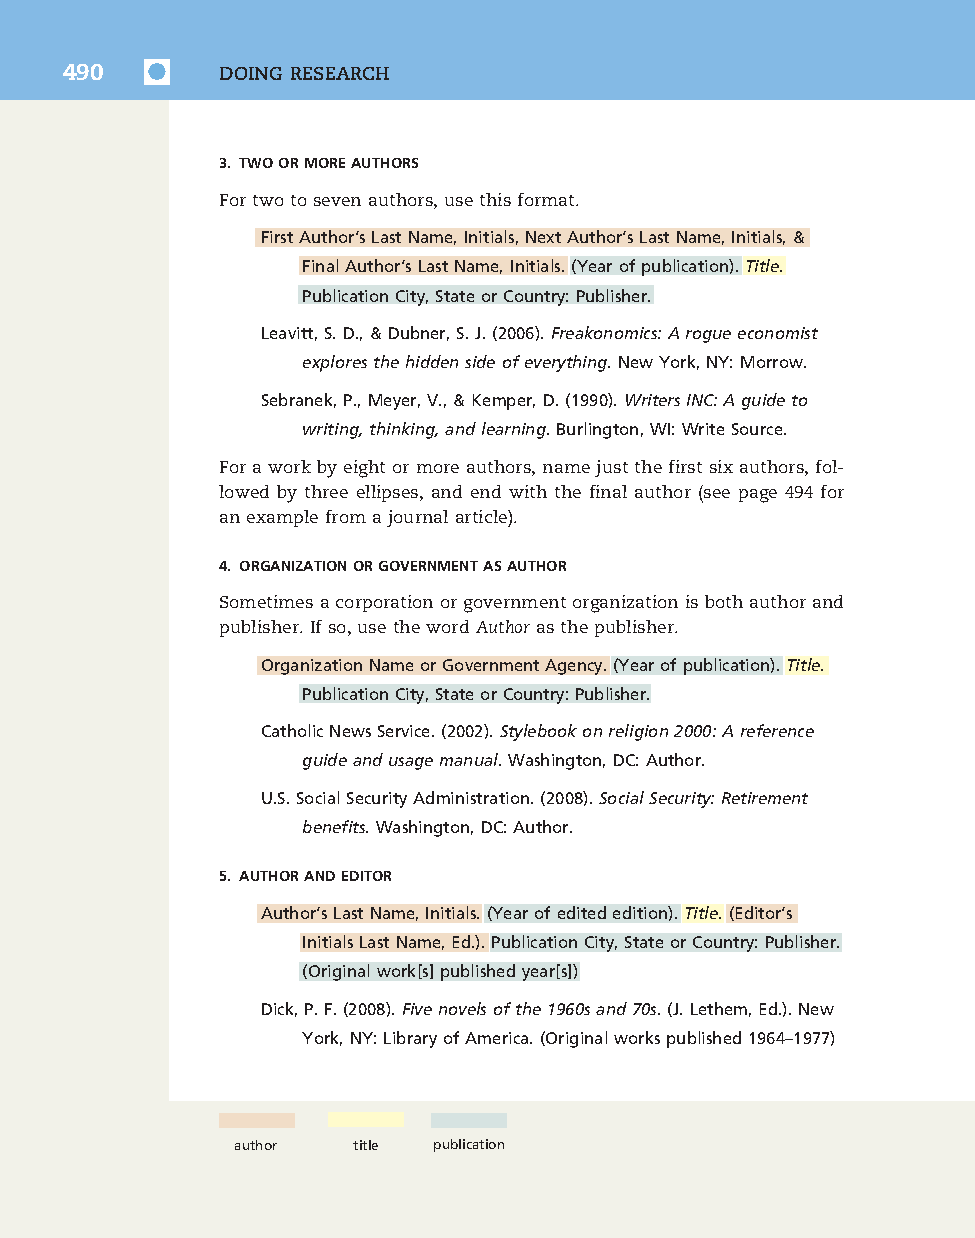
7830_50_p477-520_Q4-7:7830_50_p477-520_Q4-7 10/16/09 3:34 PM Page 490
 490        DOING RESEARCH
 3. TWOORMOREAUTHORS
 Fortwotosevenauthors,usethisformat.
 FirstAuthor’sLastName,Initials,NextAuthor’sLastName,Initials,&
 FinalAuthor’sLastName,Initials.(Yearofpublication).Title.
 PublicationCity,StateorCountry:Publisher.
 Leavitt,S.D.,&Dubner,S.J.(2006).Freakonomics:Arogueeconomist
 exploresthehiddensideofeverything.NewYork,NY:Morrow.
 Sebranek,P.,Meyer,V.,&Kemper,D.(1990).WritersINC:Aguideto
 writing,thinking,andlearning.Burlington,WI:WriteSource.
 Foraworkbyeightormoreauthors,namejustthefirstsixauthors,fol-
 lowed by three ellipses, and end with the final author (see page 494 for
 anexamplefromajournalarticle).
 4. ORGANIZATIONORGOVERNMENTASAUTHOR
 Sometimesacorporationorgovernmentorganizationisbothauthorand
 publisher.Ifso,usethewordAuthorasthepublisher.
 OrganizationNameorGovernmentAgency.(Yearofpublication).Title.
 PublicationCity,StateorCountry:Publisher.
 CatholicNewsService.(2002).Stylebookonreligion2000:Areference
 guideandusagemanual.Washington,DC:Author.
 U.S.SocialSecurityAdministration.(2008).SocialSecurity:Retirement
 benefits.Washington,DC:Author.
 5. AUTHORANDEDITOR
 Author’sLastName,Initials.(Yearofeditededition).Title.(Editor’s
 InitialsLastName,Ed.).PublicationCity,StateorCountry:Publisher.
 (Originalwork[s]publishedyear[s])
 Dick,P.F.(2008).Fivenovelsofthe1960sand70s.(J.Lethem,Ed.).New
 York,NY:LibraryofAmerica.(Originalworkspublished1964–1977)
 author  title publication